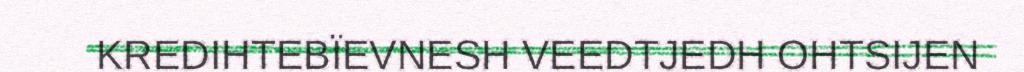
KREDIHTEBÏEVNESH VEEDTJEDH OHTSIJEN